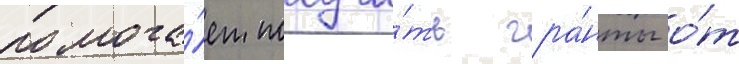
помога́ет получи́ть гра́нты о́т